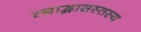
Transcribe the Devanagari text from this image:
स्याद्भासस्तस्य